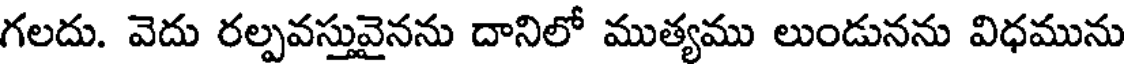
గలదు. వెదు రల్పవస్తువైనను దానిలో ముత్యము లుండునను విధమును